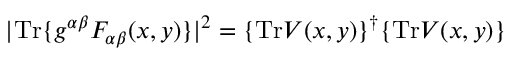
| \mathrm { T r } \{ g ^ { \alpha \beta } F _ { \alpha \beta } ( x , y ) \} | ^ { 2 } = \{ \mathrm { T r } V ( x , y ) \} ^ { \dagger } \{ \mathrm { T r } V ( x , y ) \}